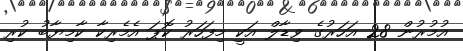
އުމުރުން 28 އަހަރުގެ ވިޑާލް އަކީ މިފަހަރު ކޮޕަ އެމެރިކާ ކާމިޔާބު ކުރި